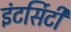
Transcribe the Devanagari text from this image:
इंटर्सिटी